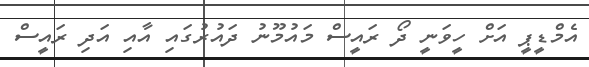
އެމްޑީޕީ އަށް ހީވަނީ ދޯ ރައީސް މައުމޫނު ދައުރުގައި އާއި އަދި ރައީސް